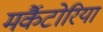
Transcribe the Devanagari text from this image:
मर्कैटोरिया